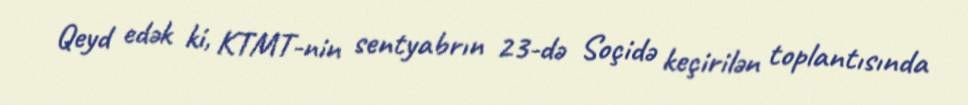
Qeyd edək ki, KTMT-nin sentyabrın 23-də Soçidə keçirilən toplantısında